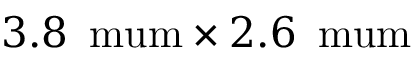
3 . 8 \, \mathrm { \ m u m } \times 2 . 6 \, \mathrm { \ m u m }